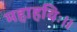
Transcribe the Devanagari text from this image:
महाहविः।।